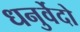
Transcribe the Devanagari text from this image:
धनुर्वेदो